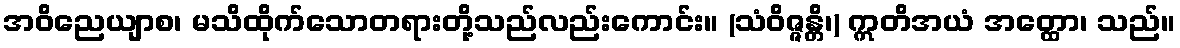
အဝိညေယျာစ၊ မသိထိုက်သောတရားတို့သည်လည်းကောင်း။ (သံဝိဇ္ဇန္တိ၊) ဣတိအယံ အတ္ထော၊ သည်။